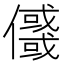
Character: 𠐲